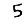
Digit: 5